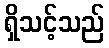
ရှိသင့်သည်